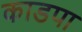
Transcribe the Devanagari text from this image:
काडपा